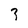
Character: 3